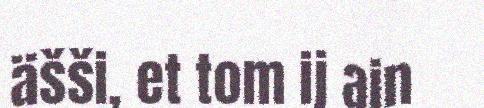
äšši, et tom ij ain